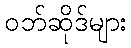
ဝဘ်ဆိုဒ်များ